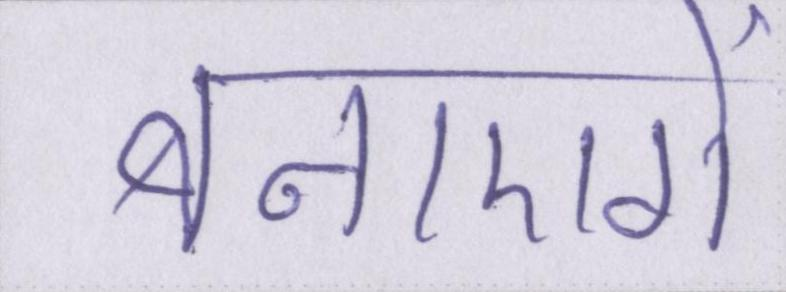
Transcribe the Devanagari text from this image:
बनाएगें